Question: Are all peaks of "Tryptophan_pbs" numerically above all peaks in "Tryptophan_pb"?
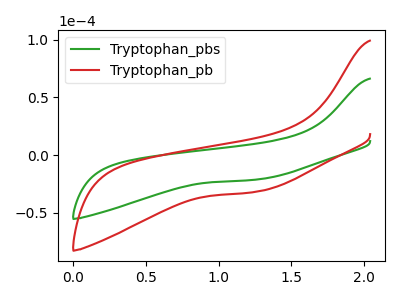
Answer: <think>The green curve "Tryptophan_pbs" has no peaks. The red curve "Tryptophan_pb" has no peaks.</think>
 <answer>Niether CV has any peaks.</answer>
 <eval>blanks</eval>